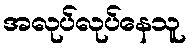
အလုပ်လုပ်နေသူ